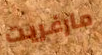
مارغريت